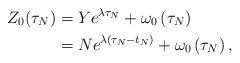
LaTeX: \begin{align*}Z_0(\tau_N)&=Ye^{\lambda\tau_N}+\omega_0\left(\tau_N\right)\\&=Ne^{\lambda(\tau_N-t_N)}+\omega_0\left(\tau_N\right),\end{align*}